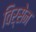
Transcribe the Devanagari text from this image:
विर्सेन